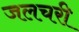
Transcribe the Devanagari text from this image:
जलचरी